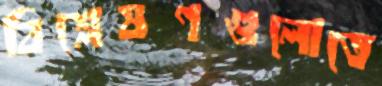
বিশ্লেষণগুলোতে